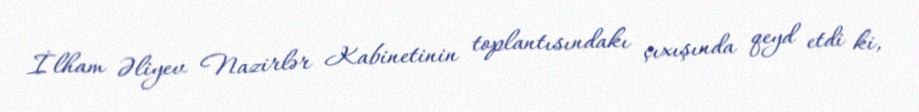
İlham Əliyev Nazirlər Kabinetinin toplantısındakı çıxışında qeyd etdi ki,